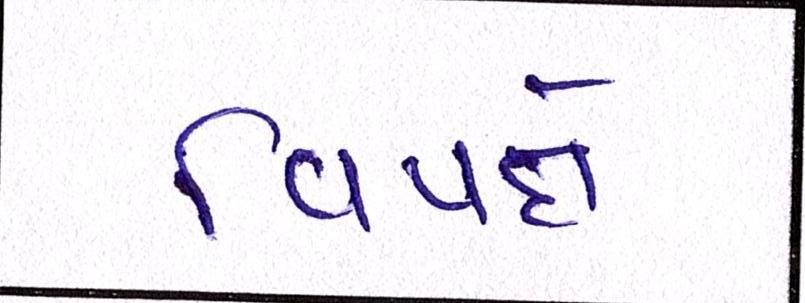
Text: વિપક્ષે